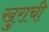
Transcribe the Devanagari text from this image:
खुराची